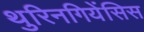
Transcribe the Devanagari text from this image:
थुरिनगियेंसिस